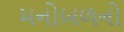
મનોબળનો